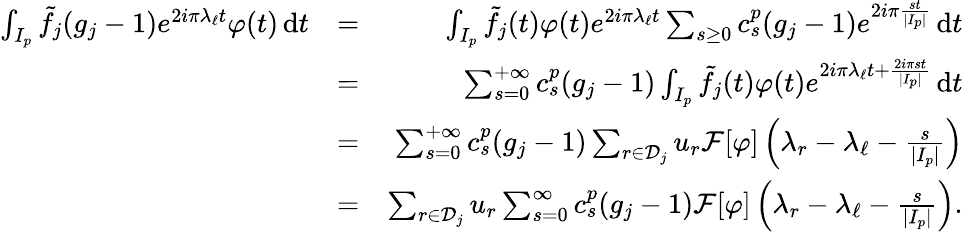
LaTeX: \begin{array}{rlr}{\int_{I_{p}}\tilde{f}_{j}(g_{j}-1)e^{2i\pi\lambda_{\ell}t}\varphi(t)\, \mathrm{d}t}&{=}&{\int_{I_{p}}\tilde{f}_{j}(t)\varphi(t)e^{2i\pi\lambda_{\ell}t}\sum_{s\geq 0}c_{s}^{p}(g_{j}-1)e^{2i\pi\frac{st}{|I_{p}|}}\, \mathrm{d}t}\\ &{=}&{\sum_{s=0}^{+\infty}c_{s}^{p}(g_{j}-1)\int_{I_{p}}\tilde{f}_{j}(t)\varphi(t)e^{2i\pi\lambda_{\ell}t+\frac{2i\pi st}{|I_{p}|}}\, \mathrm{d}t}\\ &{=}&{\sum_{s=0}^{+\infty}c_{s}^{p}(g_{j}-1)\sum_{r\in{\mathcal D}_{j}}u_{r}{\mathcal F}[\varphi]\left(\lambda_{r}-\lambda_{\ell}-\frac{s}{|I_{p}|}\right)}\\ &{=}&{\sum_{r\in{\mathcal D}_{j}}u_{r}\sum_{s=0}^{\infty}c_{s}^{p}(g_{j}-1){\mathcal F}[\varphi]\left(\lambda_{r}-\lambda_{\ell}-\frac{s}{|I_{p}|}\right).}\end{array}